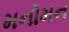
મનોમન